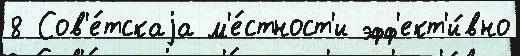
8 Сов'е́тскаjа м'е́стност'и эфф'ект'и́вно